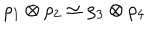
LaTeX: \rho _ { 1 } \otimes \rho _ { 2 } \simeq \rho _ { 3 } \otimes \rho _ { 4 }